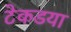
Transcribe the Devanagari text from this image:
टेकडया